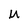
Character: u